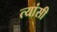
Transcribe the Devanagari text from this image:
त्यांसी